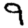
Digit: 9